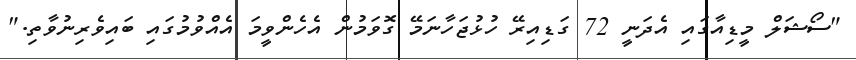
"ސޯޝަލް މީޑިއާގައި އެދަނީ 72 ގަޑިއިރޭ ހުޅުޖަހާނަމޭ ގޮވަމުން އެހެންވީމަ އެއްވުމުގައި ބައިވެރިނުވާތި."